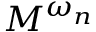
M ^ { \omega _ { n } }